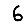
Digit: 6